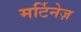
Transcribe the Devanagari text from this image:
मर्टिनेज़